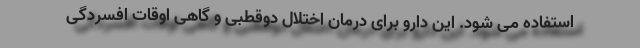
استفاده می شود. این دارو برای درمان اختلال دوقطبی و گاهی اوقات افسردگی